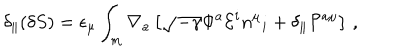
LaTeX: \delta _ { \parallel } ( \delta S ) = \epsilon _ { \mu } \int _ { m } \nabla _ { a } \left[ \sqrt { - \gamma } \Phi ^ { a } { \cal E } ^ { i } n ^ { \mu } { } _ { i } + \delta _ { \parallel } { \cal P } ^ { a \mu } \right] \, ,